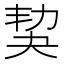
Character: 𡘢